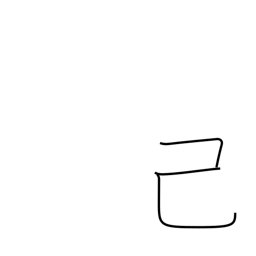
Meaning: self